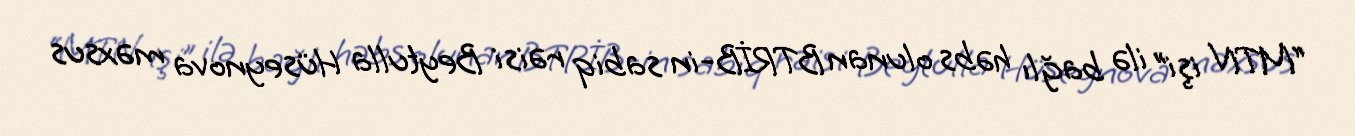
“MTN işi” ilə bağlı həbs olunan BTRİB-in sabiq rəisi Beytulla Hüseynova məxsus